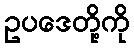
ဥပဒေတို့ကို